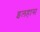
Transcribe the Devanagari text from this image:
इलहास